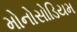
મોનોસોડિયમ